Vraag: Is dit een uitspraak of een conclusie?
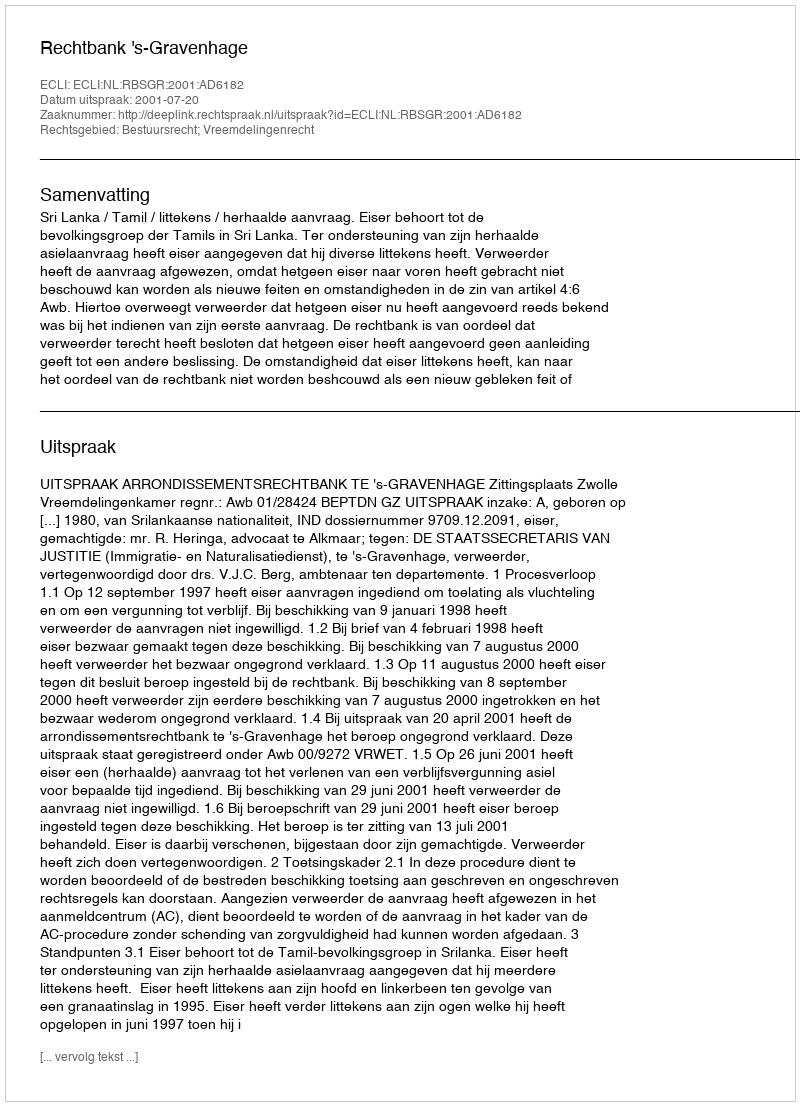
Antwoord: Uitspraak